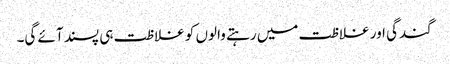
گندگی اور غلاظت میں رہتے والوں کو غلاظت ہی پسند آئے گی۔